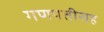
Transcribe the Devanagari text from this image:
गणपतीसह